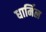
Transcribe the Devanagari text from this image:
धार्मिल